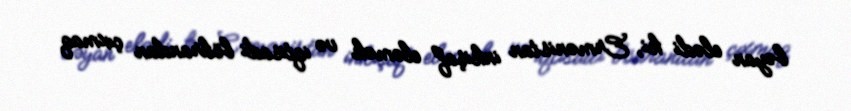
bəyan elədi ki, Ermənistan inkişaf eləmək və iqtisadi böhrandan çıxmaq